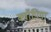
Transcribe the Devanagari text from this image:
क्वॉपिया